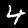
Label: 4